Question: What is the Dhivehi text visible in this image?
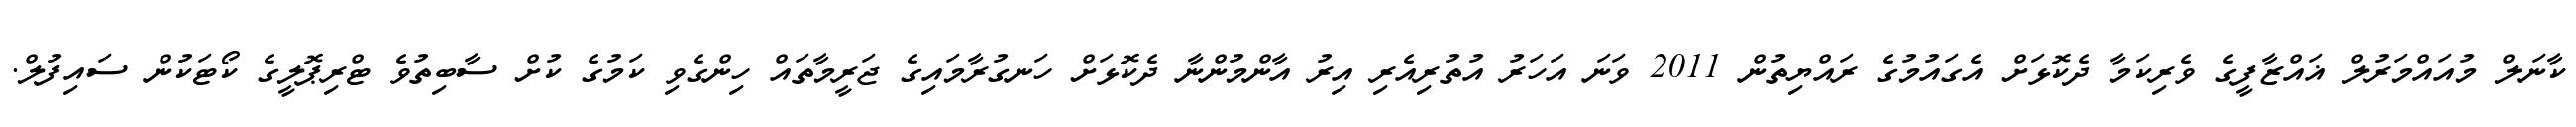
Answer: ކާނަލް މުއައްމަރުލް ޣައްޒާފީގެ ވެރިކަމާ ދެކޮޅަށް އެގައުމުގެ ރައްޔިތުން 2011 ވަނަ އަހަރު އުތުރިއެރި އިރު އާންމުންނާ ދެކޮޅަށް ހަނގުރާމައިގެ ޖަރީމާތައް ހިންގެވި ކަމުގެ ކުށް ސާބިތުވެ ޓްރިޕޮލީގެ ކޯޓަކުން ސައިފުލް.